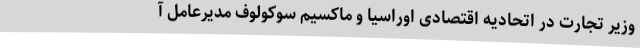
وزیر تجارت در اتحادیه اقتصادی اوراسیا و ماکسیم سوکولوف مدیرعامل آ